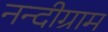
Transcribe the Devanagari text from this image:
नन्दीग्राम